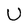
Character: U